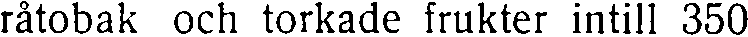
råtobak och torkade frukter intill 350